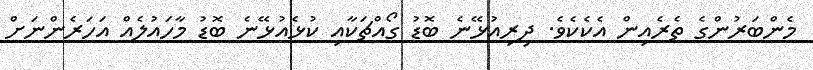
މެންބަރުންގެ ތެރެއިން އެކެކެވެ. ދިރިއުޅޭނެ ބޮޑު ގޯއްޗަކާއި ކުޅެއުޅޭނެ ބޮޑު މާހައުލެއް އަހަރެންނަށް